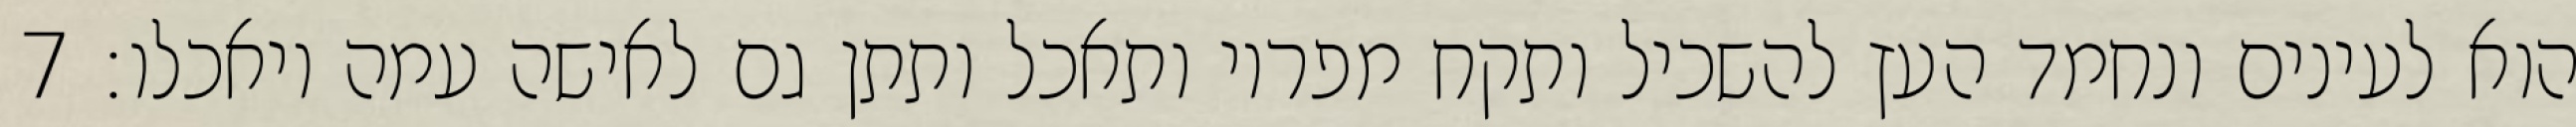
הוא לעינים ונחמד העץ להשכיל ותקח מפריו ותאכל ותתן גם לאישה עמה ויאכלו׃ ‎7‏